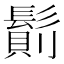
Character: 𩮆